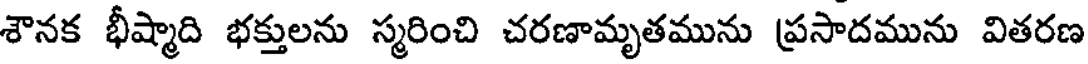
శౌనక భీష్మాది భక్తులను స్మరించి చరణామృతమును ప్రసాదమును వితరణ